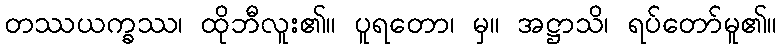
တဿယက္ခဿ၊ ထိုဘီလူး၏။ ပူရတော၊ မှ။ အဋ္ဌာသိ၊ ရပ်တော်မူ၏။